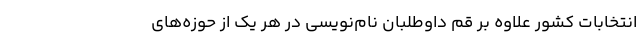
انتخابات کشور علاوه بر قم داوطلبان ‌نام‌نویسی در هر یک از حوزه‌های